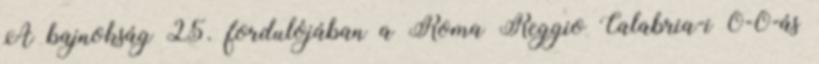
A bajnokság 25. fordulójában a Roma Reggio Calabria-i 0-0-ás